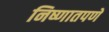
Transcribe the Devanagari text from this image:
निष्णातपणे